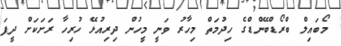
މޯބައިލް ބްރޯޑްބޭންޑްގެ ހިދުމަތް މިހާރު ވަނީ މީހުން ދިރިއުޅޭ ހުރިހާ ރަށަކަށް ދީފަ